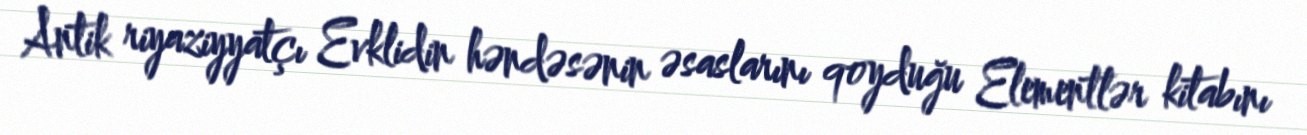
Antik riyaziyyatçı Evklidin həndəsənin əsaslarını qoyduğu Elementlər kitabını